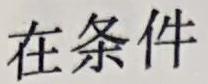
在条件